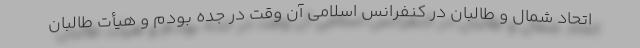
اتحاد شمال و طالبان در کنفرانس اسلامی آن وقت در جده بودم و هیأت طالبان